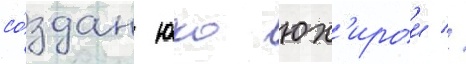
со́здан юко юх'ирои //